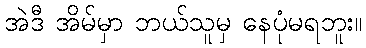
အဲဒီ အိမ်မှာ ဘယ်သူမှ နေပုံမရဘူး။